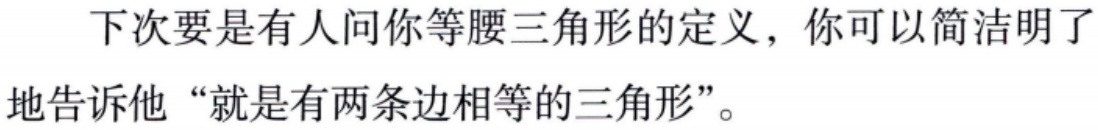
下次要是有人问你等腰三角形的定义，你可以简洁明了地告诉他“就是有两条边相等的三角形”。